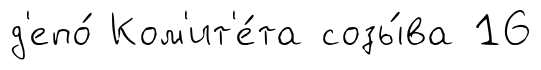
д'епо́ Ком'ит'е́та созы́ва 16